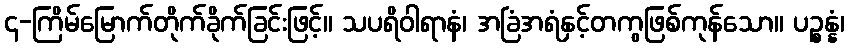
၄-ကြိမ်မြောက်တိုက်ခိုက်ခြင်းဖြင့်။ သပရိဝါရာနံ၊ အခြံအရံနှင့်တကွဖြစ်ကုန်သော။ ပဉ္စန္နံ၊